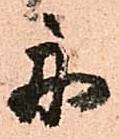
舟